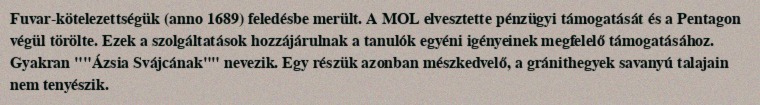
Fuvar-kötelezettségük (anno 1689) feledésbe merült. A MOL elvesztette pénzügyi támogatását és a Pentagon végül törölte. Ezek a szolgáltatások hozzájárulnak a tanulók egyéni igényeinek megfelelő támogatásához. Gyakran ""Ázsia Svájcának""  nevezik. Egy részük azonban mészkedvelő, a gránithegyek savanyú talajain nem tenyészik.